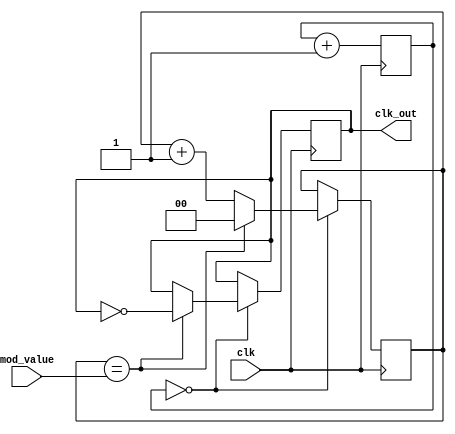
module dual_modulus_clock_divider (
    input wire clk,     // input clock signal
    input wire [1:0] mod_value,   // modulus value selector
    output wire clk_out   // output divided clock signal
);

reg [15:0] count;    // counter for clock division
reg [1:0] mod_count;    // counter for selected modulus value
reg sync_clk;    // synchronized clock signal

always @(posedge clk) begin
    // synchronization block
    sync_clk <= #(1) clk;
    
    // increment counter
    count <= count + 1;
    
    // check for modulus value
    if (count == 0) begin
        mod_count <= mod_count + 1;
        if (mod_count == mod_value) begin
            mod_count <= 0;
            clk_out <= ~clk_out;    // toggle output clock signal
        end
    end
end

endmodule